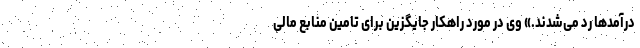
درآمدها رد می‌شدند.» وی در مورد راهکار جایگزین برای تامین منابع مالی